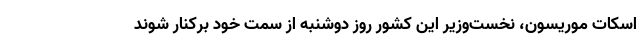
اسکات موریسون، نخست‌وزیر این کشور روز دوشنبه از سمت خود برکنار شوند